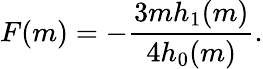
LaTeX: F(m)=-\frac{3mh_{1}(m)}{4h_{0}(m)}.